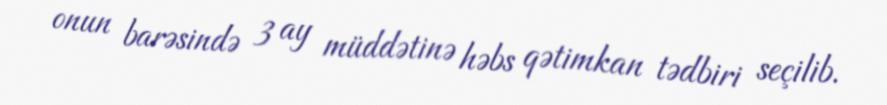
onun barəsində 3 ay müddətinə həbs qətimkan tədbiri seçilib.